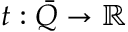
t : \bar { Q } \rightarrow \mathbb { R }